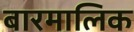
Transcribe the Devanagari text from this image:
बारमालिक